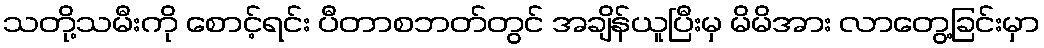
သတို့သမီးကို စောင့်ရင်း ပီတာစဘတ်တွင် အချိန်ယူပြီးမှ မိမိအား လာတွေ့ခြင်းမှာ